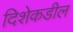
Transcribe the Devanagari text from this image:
दिशेकडील